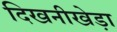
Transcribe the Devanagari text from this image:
दिखनीखेड़ा